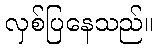
လှစ်ပြနေသည်။